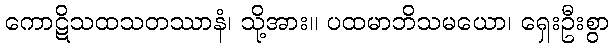
ကောဋိသထသတဿာနံ၊ သို့အား။ ပထမာဘိသမယော၊ ရှေးဦးစွာ